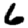
Digit: 6